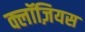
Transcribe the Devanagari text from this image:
क्लॉज़ियस